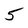
Character: 5